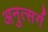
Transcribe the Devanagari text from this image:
अनुत्सर्ग